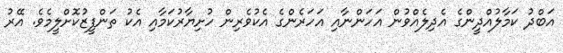
އަބްދު ކަމާލުއްދީންގެ އެދިލެއްވުން އަހަންނާއި އަހަރެންގެ އެކުވެރިން ހުށިޔާރުކަމާއި އެކު ތަންފީޒުކޮށްލީމެވެ. އޭރު